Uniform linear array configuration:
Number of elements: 64
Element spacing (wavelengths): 0.5
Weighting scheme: hamming
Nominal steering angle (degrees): -45
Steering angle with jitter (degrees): -43.208
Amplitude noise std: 0.05
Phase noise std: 0.05

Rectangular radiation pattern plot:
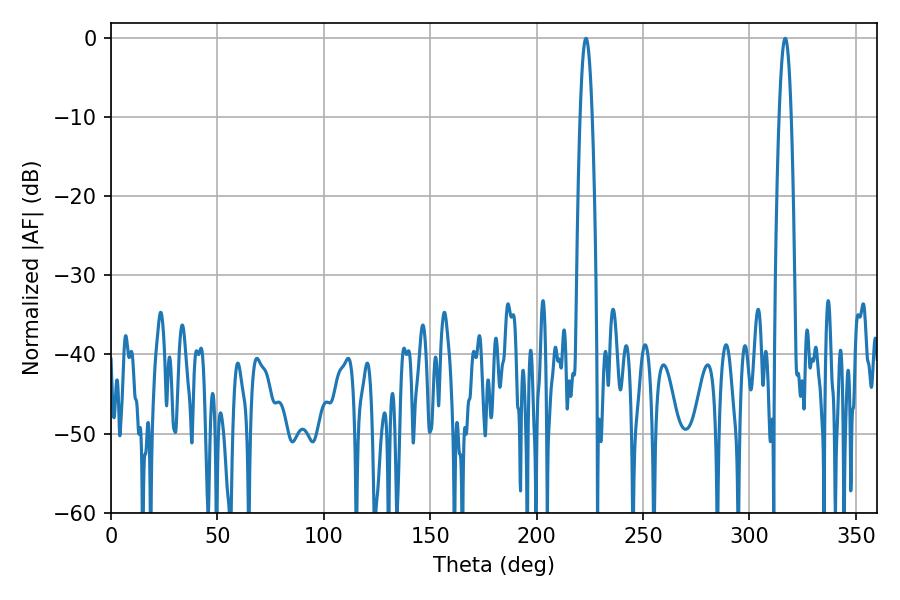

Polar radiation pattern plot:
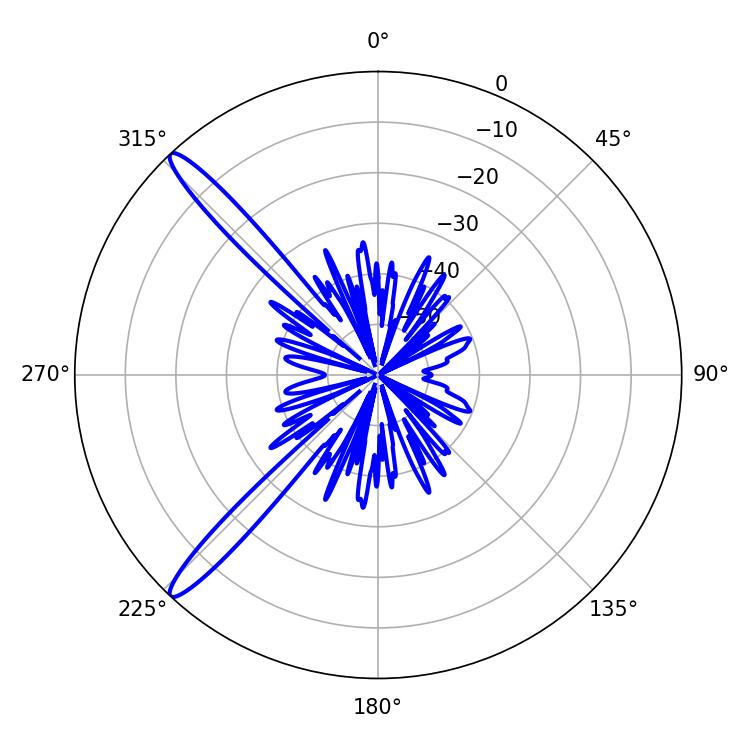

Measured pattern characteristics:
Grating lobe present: FALSE
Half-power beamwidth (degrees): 3.06
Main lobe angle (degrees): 223.2